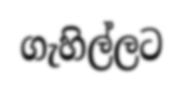
ගැහිල්ලට